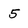
Character: 5